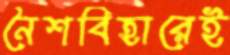
নৈশবিহারেই